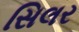
સિલર